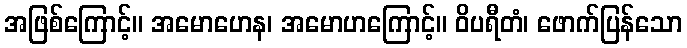
အဖြစ်ကြောင့်။ အမောဟေန၊ အမောဟကြောင့်။ ဝိပရီတံ၊ ဖောက်ပြန်သော